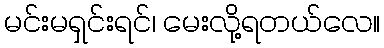
မင်းမရှင်းရင်၊ မေးလို့ရတယ်လေ။